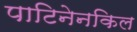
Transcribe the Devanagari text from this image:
पाटिनेनकिल